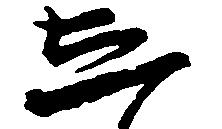
し